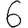
Digit: 6